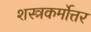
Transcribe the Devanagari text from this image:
शस्त्रकर्मोत्तर